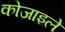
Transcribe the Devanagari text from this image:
कोजाइले